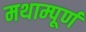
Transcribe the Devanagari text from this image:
मथाम्पूर्ण